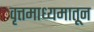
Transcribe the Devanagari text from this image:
वृत्तमाध्यमातून